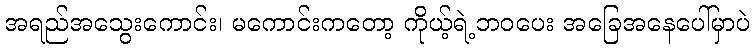
အရည်အသွေးကောင်း၊ မကောင်းကတော့ ကိုယ့်ရဲ့ဘဝပေး အခြေအနေပေါ်မှာပဲ